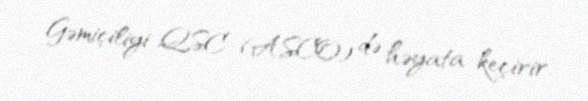
Gəmiçiliyi QSC (ASCO) də həyata keçirir.